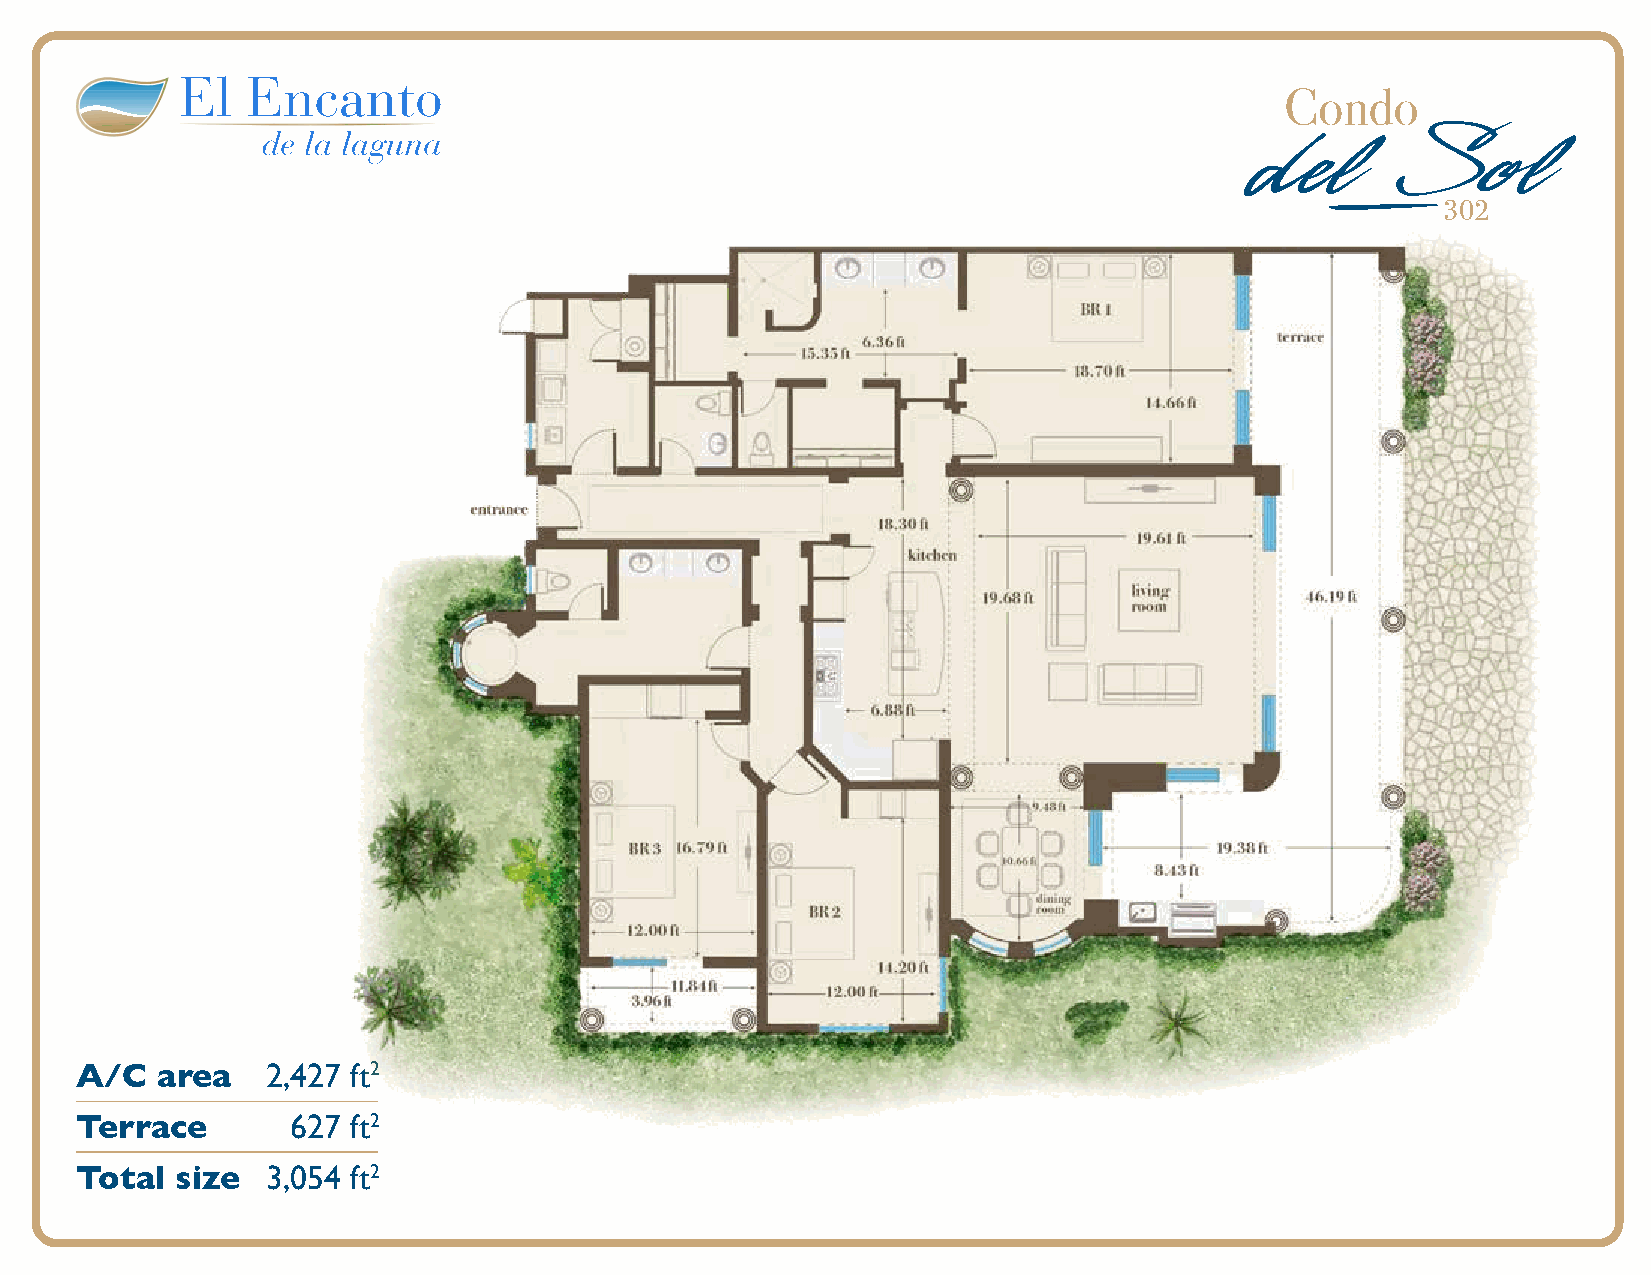
Condo
 del       Sol
 302
 A/C  area    2,427 ft2
 Terrace       627 ft2
 Total  size  3,054 ft2